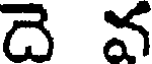
దె వ